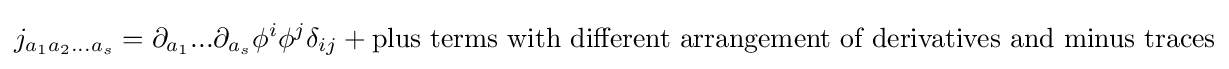
j_{a_{1}a_{2}...a_{s}}=\partial _{a_{1}}...\partial _{a_{s}}\phi ^{i}\phi ^{j}\delta _{ij}+{\text{plus terms with different arrangement of derivatives and minus traces}}